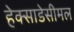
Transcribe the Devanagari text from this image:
हेक्साडेसीमल